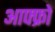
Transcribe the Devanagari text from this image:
आफ्फ्रो